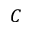
C